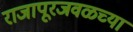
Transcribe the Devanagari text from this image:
राजापूरजवळच्या